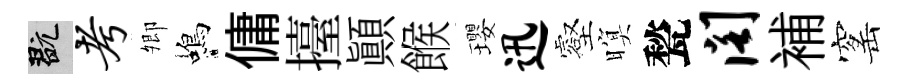
玩考𡖖蝎傭擡顚餱瓔迅壑暝甃阁補窰